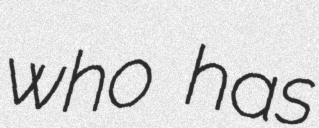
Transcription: who has